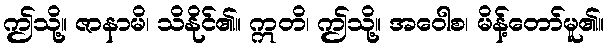
ဤသို့။ ဇာနာမိ၊ သိနိုင်၏။ ဣတိ၊ ဤသို့။ အဝေါစ၊ မိန့်တော်မူ၏။